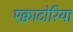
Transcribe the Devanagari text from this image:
एक्वाटोरिया